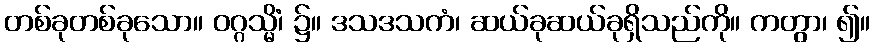
တစ်ခုတစ်ခုသော။ ဝဂ္ဂသ္မိံ၊ ၌။ ဒသဒသကံ၊ ဆယ်ခုဆယ်ခုရှိသည်ကို။ ကတွာ၊ ၍။